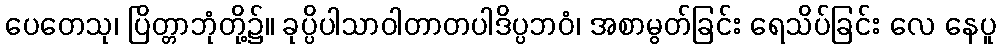
ပေတေသု၊ ပြိတ္တာဘုံတို့၌။ ခုပ္ပိပါသာဝါတာတပါဒိပ္ပဘဝံ၊ အစာမွတ်ခြင်း ရေသိပ်ခြင်း လေ နေပူ